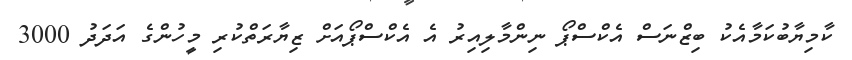
ކާމިޔާބުކަމާއެކު ބިޒްނަސް އެކްސްޕޯ ނިންމާލިއިރު އެ އެކްސްޕޯއަށް ޒިޔާރަތްކުރި މީހުންގެ އަދަދު 3000